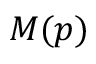
M ( p )